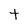
Character: t